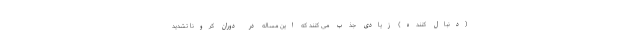
(دنبال کننده) زیادی جذب می کنند که این مساله در دوران کرونا تشدید